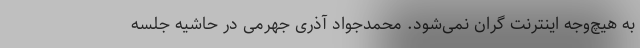
به هیچ‌وجه اینترنت گران نمی‌شود. محمدجواد آذری جهرمی در حاشیه جلسه